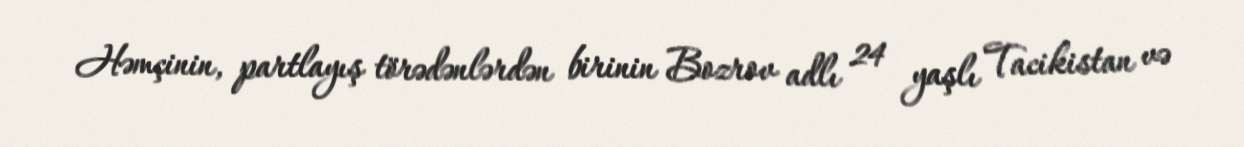
Həmçinin, partlayış törədənlərdən birinin Bozrov adlı 24 yaşlı Tacikistan və